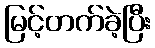
မြင့်တက်ခဲ့ပြီး